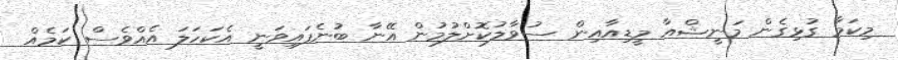
މިކަމާ ގުޅިގެން މަނީޝްއާ މީޑިއާއިން ސުވާލުކޮށްލުމުން އޭނާ ބުނެފައިވަނީ އެކަހަލަ އެއްވެސް ކަމެއް